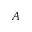
A